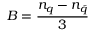
B = { \frac { n _ { q } - n _ { \bar { q } } } { 3 } }